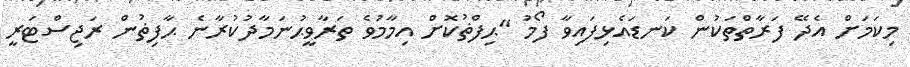
މިކަމަށް އެދޭ ފަރާތްތަކުން ކަނޑައެޅިފައިވާ ފޯމު "ޙިފްޡުކޮށް އިމާމުވެ ތަރާވީޙުނަމާދުކުރާނެ ޙާފިޡުން ރަޖިސްޓަރީ